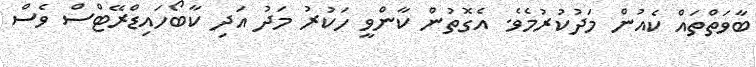
ބާވަތްތައް ކެއުން މަދުކުރުމެވެ. އެގޮތުން ކާންވީ ހަކުރު މަދު އަދި ކާބޯހައިޑްރޭޓްސް ވެސް